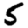
Digit: 5